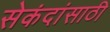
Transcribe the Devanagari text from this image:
सेकंदांसाठी